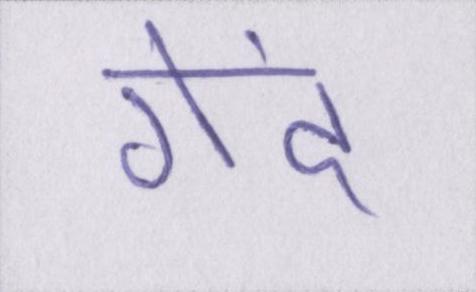
गेंद